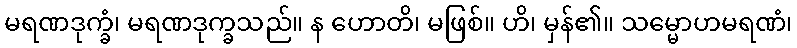
မရဏဒုက္ခံ၊ မရဏဒုက္ခသည်။ န ဟောတိ၊ မဖြစ်။ ဟိ၊ မှန်၏။ သမ္မောဟမရဏံ၊